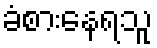
ခံစားနေရသူ